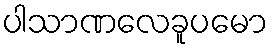
ပါသာဏလေခူပမော